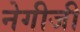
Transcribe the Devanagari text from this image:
नेगीजी